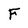
Character: F